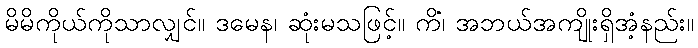
မိမိကိုယ်ကိုသာလျှင်။ ဒမေန၊ ဆုံးမသဖြင့်။ ကိံ၊ အဘယ်အကျိုးရှိအံ့နည်း။